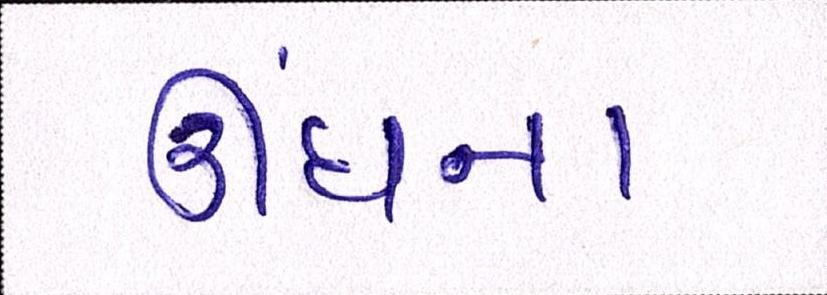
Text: ઊંઘના